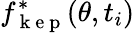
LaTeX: f_{\mathrm{~k~e~p~}}^{*}(\theta,t_{i})